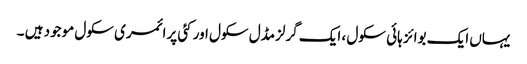
یہاں ایک بوائز ہائی سکول ، ایک گرلزمڈل سکول اور کئی پرائمری سکول موجود ہیں ۔